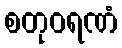
စတုဝရဏံ